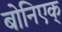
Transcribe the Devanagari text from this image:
बोनिएक्